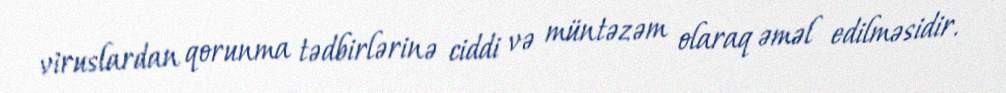
viruslardan qorunma tədbirlərinə ciddi və müntəzəm olaraq əməl edilməsidir.